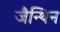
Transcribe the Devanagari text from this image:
जैन्थिन